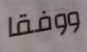
ووفقا